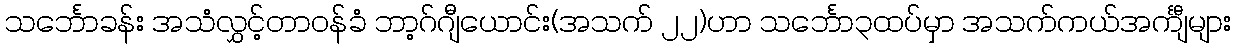
သင်္ဘောခန်း အသံလွှင့်တာဝန်ခံ ဘာ့ဂ်ဂျီယောင်း(အသက် ၂၂)ဟာ သင်္ဘော၃ထပ်မှာ အသက်ကယ်အင်္ကျီများ